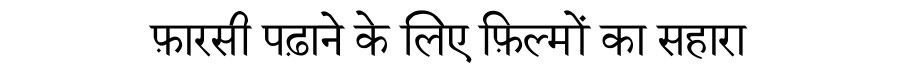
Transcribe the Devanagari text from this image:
फ़ारसी पढ़ाने के लिए फ़िल्मों का सहारा